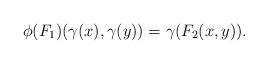
LaTeX: \begin{align*}\phi(F_1)(\gamma(x),\gamma(y))=\gamma(F_2(x,y)).\end{align*}